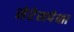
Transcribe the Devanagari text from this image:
सेरेसपेक्षा